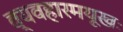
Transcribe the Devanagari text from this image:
व्यवहारमयूखः